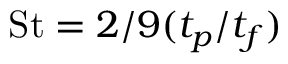
\mathrm { S t } = 2 / 9 ( t _ { p } / t _ { f } )